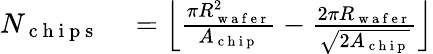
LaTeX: \begin{array}{rl}{N_{\mathrm{~c~h~i~p~s~}}}&{{}=\left\lfloor\frac{\pi R_{\mathrm{~w~a~f~e~r~}}^{2}}{A_{\mathrm{~c~h~i~p~}}}-\frac{2\pi R_{\mathrm{~w~a~f~e~r~}}}{\sqrt{2A_{\mathrm{~c~h~i~p~}}}}\right\rfloor}\end{array}